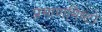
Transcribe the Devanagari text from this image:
प्रमाणमिष्टो